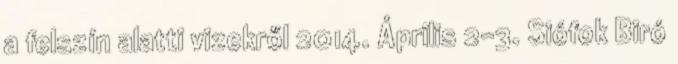
a felszín alatti vizekről 2014. Április 2-3. Siófok Biró